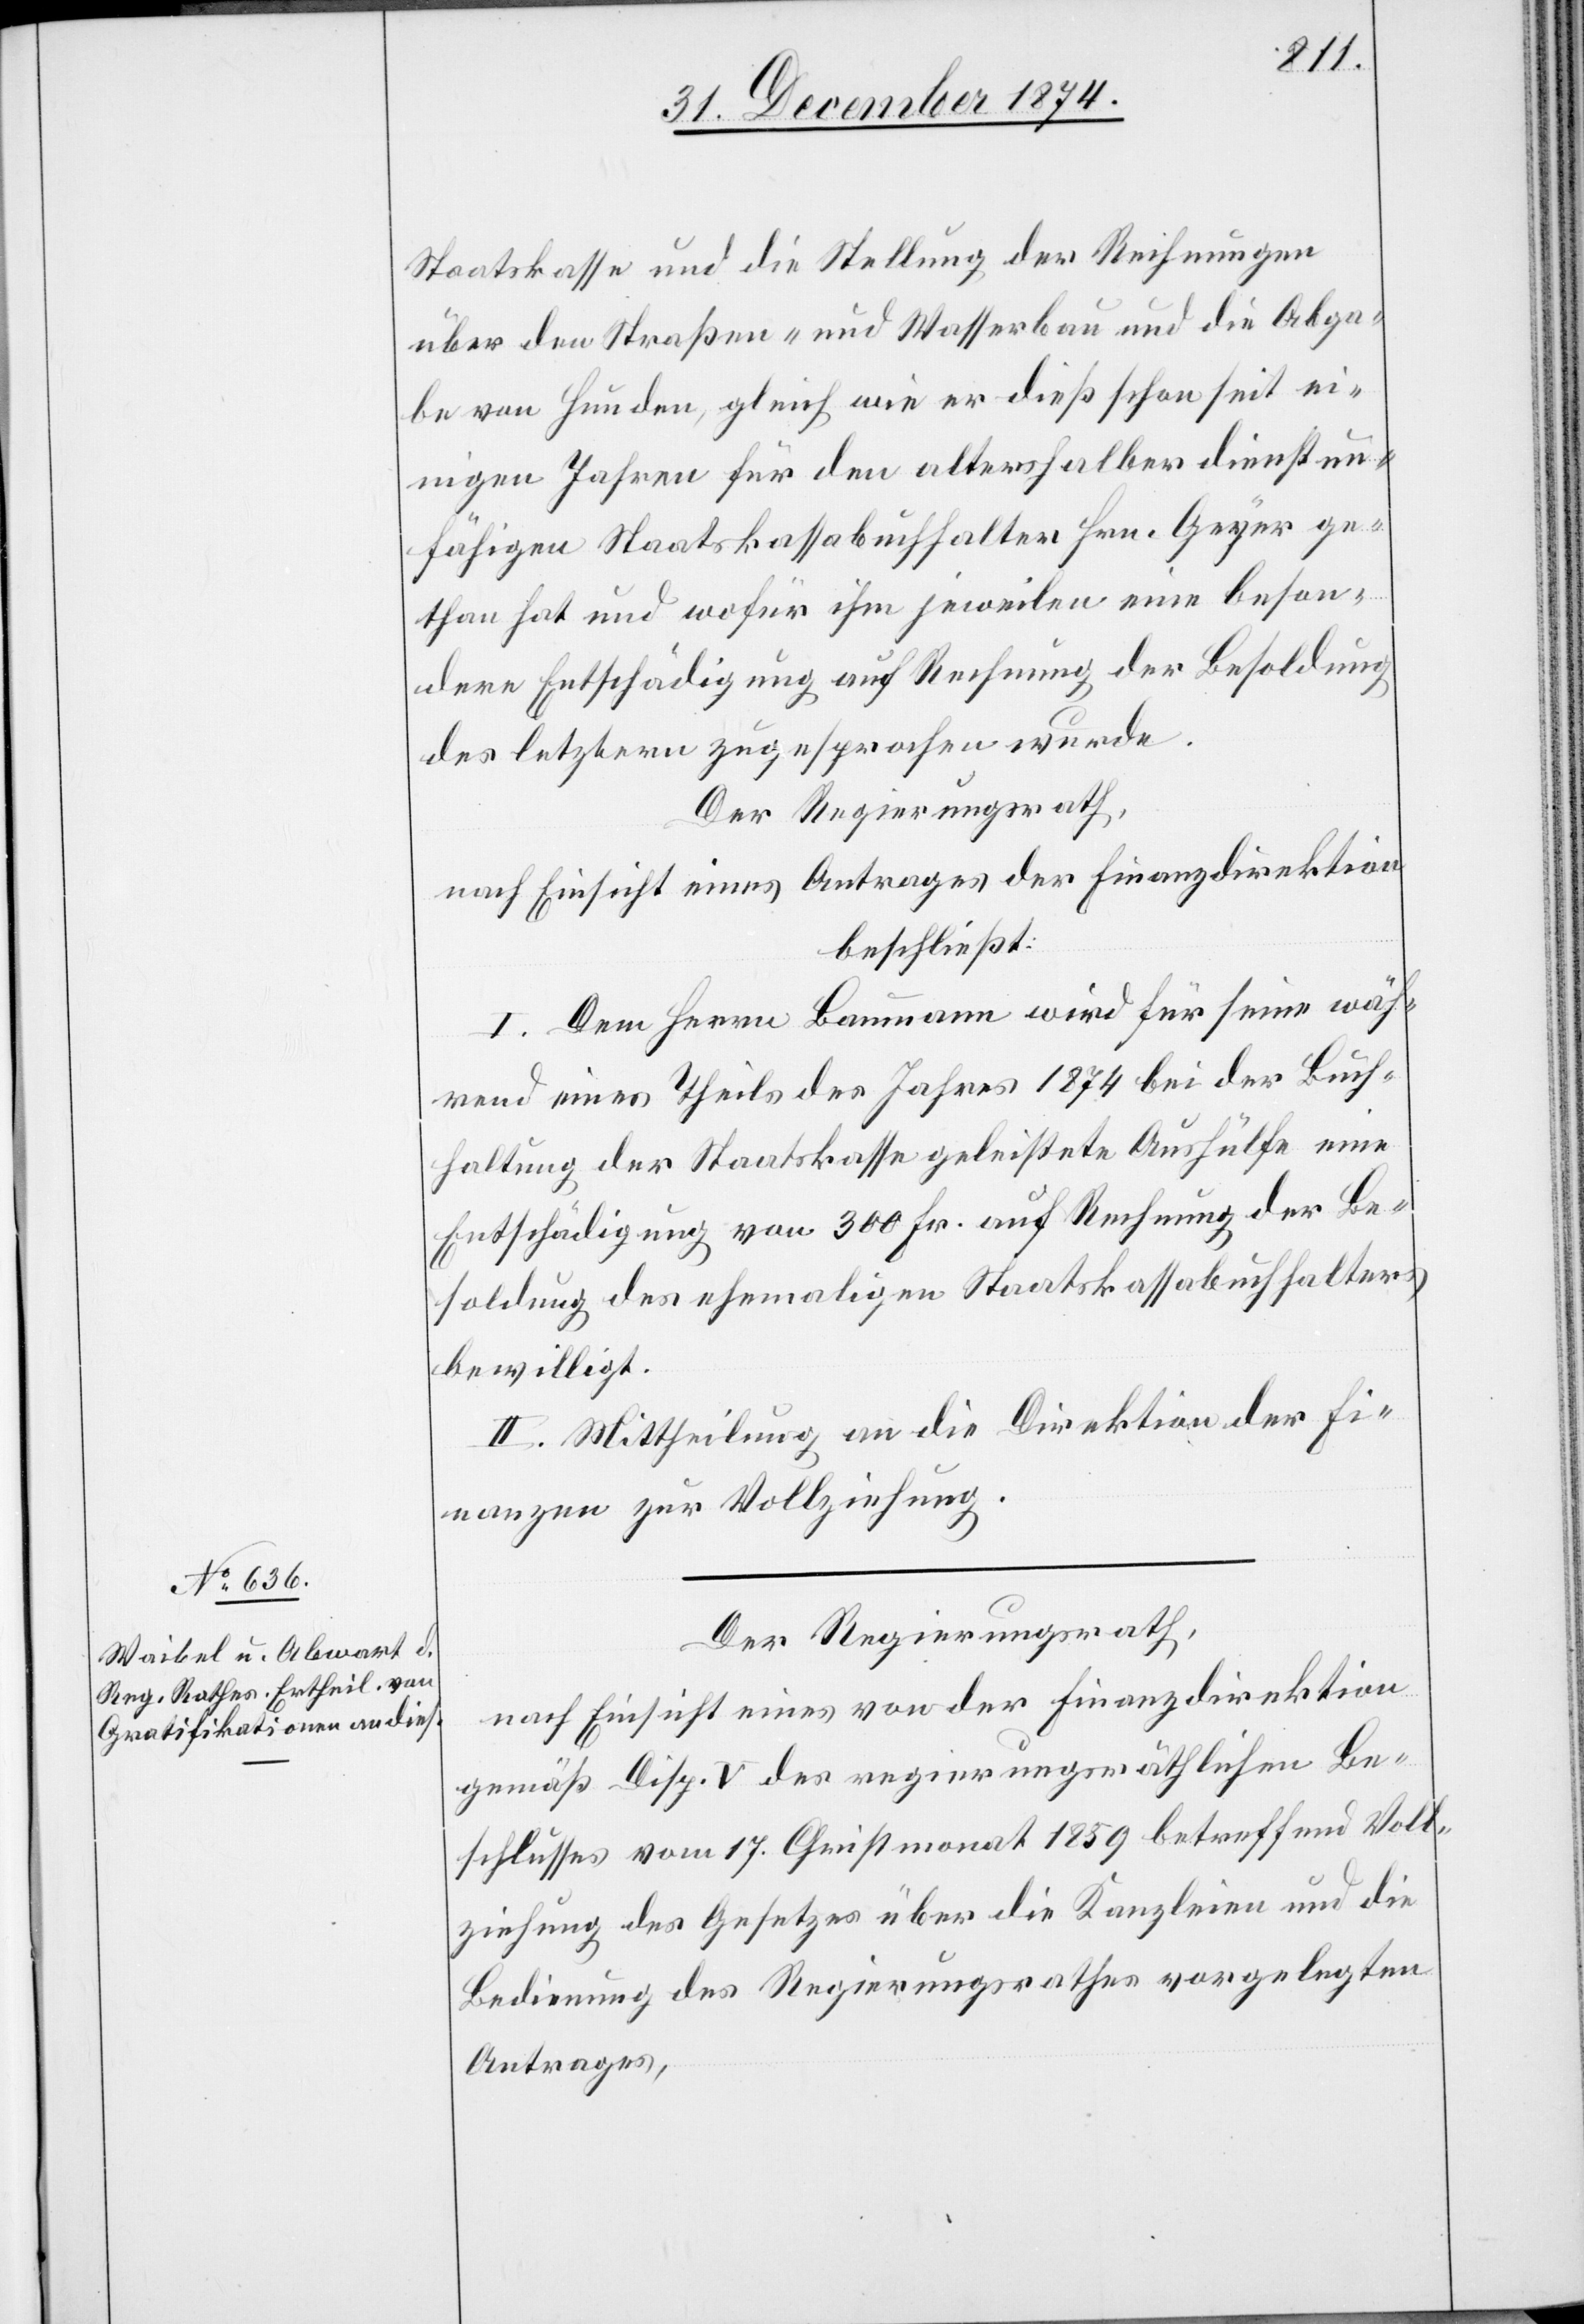
Staatskasse und die Stellung der Reihnungen
über den Straßen- und Wasserbau und die Abga¬
be von Hunden, gleich wie er dieß schon seit ei¬
nigen Jahren für den altershalber dienstun¬
fähigen Staatskassabuchhalter Hrn. Geyer ge¬
than hat und wofür ihm jeweilen eine beson¬
dere Entschädigung auf Rechnung der Besoldung
des letztern zugesprochen wurde.
Der Regierungsrath,
nach Einsicht eines Antrages der Finanzdirektion
beschließt:
I. Dem Herrn Baumann wird für seine wäh¬
rend eines Theils des Jahres 1874 bei der Buch¬
haltung der Staatskasse geleistete Aushülfe eine
Entschädigung von 300 Fr. auf Rechnung der Be¬
soldung des ehemaligen Staatskassabuchhalters
bewilligt.
II. Mittheilung an die Direktion der Fi¬
nanzen zur Vollziehung.
Der Regierungsrath,
nach Einsicht eines von der Finanzdirektion
gemäß Disp. V des regierungsräthlichen Be¬
schlusses vom 17. Christmonat 1859 betreffend Voll¬
ziehung des Gesetzes über die Kanzleien und die
Bedienung des Regierungsrathes vorgelegten
Antrages,